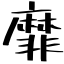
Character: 靡